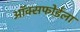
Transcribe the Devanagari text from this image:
ऑक्सफोर्डला